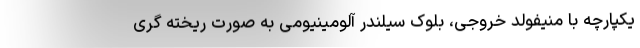
یکپارچه با منیفولد خروجی، بلوک سیلندر آلومینیومی به صورت ریخته گری